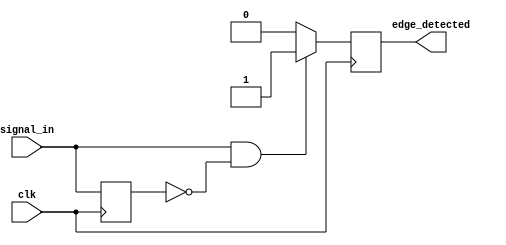
module edge_detector (
    input wire clk,                // Input signal for edge detection
    input wire signal_in,          // Signal to detect rising edge
    output reg edge_detected       // Output pulse indicating rising edge
);

    reg signal_prev;               // Memory block (D flip-flop) to store previous state

    always @(posedge clk) begin
        // Capture the current state of the input signal
        signal_prev <= signal_in;
        
        // Edge detection logic
        if (signal_in == 1'b1 && signal_prev == 1'b0) begin
            edge_detected <= 1'b1;  // Rising edge detected, generate pulse
        end else begin
            edge_detected <= 1'b0;  // No rising edge, reset output
        end
    end

endmodule